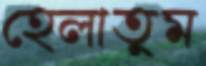
হেলাতুম